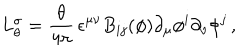
L _ { \theta } ^ { \sigma } = { \frac { \theta } { 4 \pi } } \, \epsilon ^ { \mu \nu } B _ { i j } ( \phi ) \partial _ { \mu } \phi ^ { i } \partial _ { \nu } \phi ^ { j } \, ,